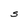
Character: S